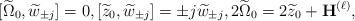
LaTeX: \begin{align*} [\widetilde{\Omega}_0, \widetilde{w}_{\pm j} ] = 0, [\widetilde{z}_0, \widetilde{w}_{\pm j}] = \pm j \widetilde{w}_{\pm j}, 2\widetilde{\Omega}_0 = 2 \widetilde{z}_0 + {\bf H}^{(\ell)},\end{align*}